Indian Civil Veterinary Department memoirs
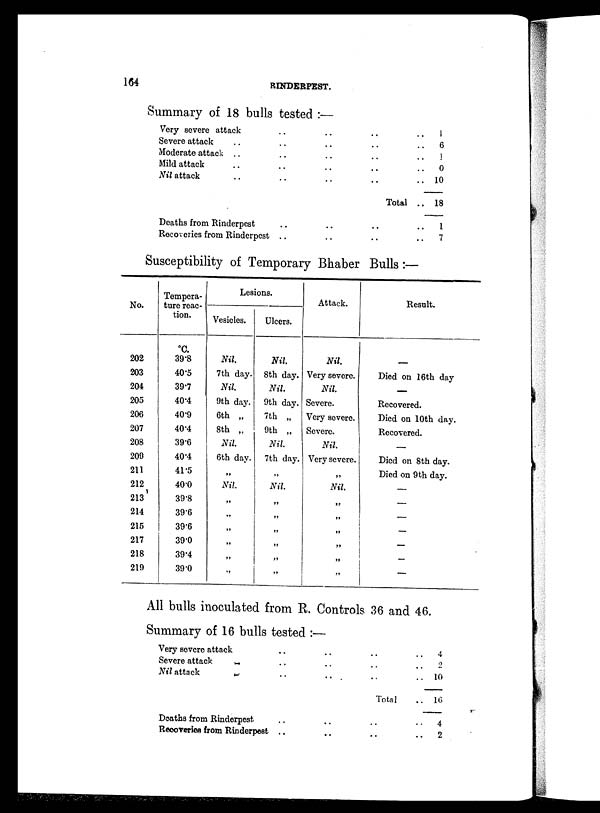
164
RINDERPEST.
Summary of 18 bulls tested:—
Very severe attack
Severe attack ..
Moderate attack ..
Mild attack ..
Nil attack ..
Deaths from Rinderpest
Recoveries from Rinderpest
..
..
..
..
..
..
..
..
..
..
..
..
..
..
..
..
..
..
..
Total
..
..
.. 1
.. 6
. . 1
.. 0
. . 10
. . 18
.. 1
.. 7
Susceptibility of Temporary Bhaber Bulls:—
No.
202
203
204
205
206
207
208
209
211
212
213
214
215
217
218
219
Tempera-
ture reac-
tion.
ºC.
39.8
40.5
39.7
40.4
40.9
40.4
39.6
40.4
41.5
40.0
39.8
39.6
39.6
39.0
39.4
39.0
Lesions.
Vesicles.
Nil.
7th day.
Nil.
9th day.
6th „
8th „
Nil.
6th day.
Nil.
„
„
„
„
„
„
Ulcers.
Nil.
8th day.
Nil.
9th day.
7th „
9th „
Nil.
7th day.
„
Nil.
„
„
„
„
„
„
Attack.
Nil.
Very severe.
Nil.
Severe.
Very severe.
Severe.
Nil.
Very severe.
„
Nil.
„
„
„
„
„
„
Result.
—
Died on 16th day
—
Recovered.
Died on 10th day.
Recovered.
—
Died on 8th day.
Died on 9th day.
—
—
—
—
—
—
—
All bulls inoculated from R. Controls 36 and 46.
Summary of 16 bulls tested:—
Very severe attack
Severe attack
..
Nil attack
..
Deaths from Rinderpest
Recveries from Rinderpest
..
..
..
..
..
..
..
..
..
..
..
..
Total
..
..
..
..
..
..
4
2
10
16
4
2